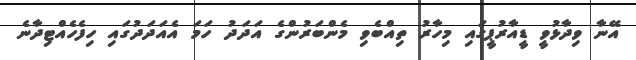
އޭނާ ވިދާޅުވީ ޑީއާރުޕީގައި މިހާރު ތިއްބެވި މެންބަރުންގެ އަދަދު ހަމަ އެއަދަދުގައި ހިފެހެއްޓިދާނެ